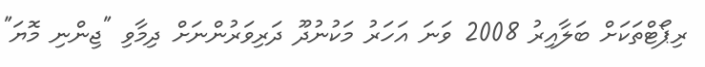
ރިޕޯޓްތަކަށް ބަލާއިރު 2008 ވަނަ އަހަރު މަކުނުދޫ ދަރިވަރުންނަށް ދިމާވި "ޖިންނި މޮޔަ"